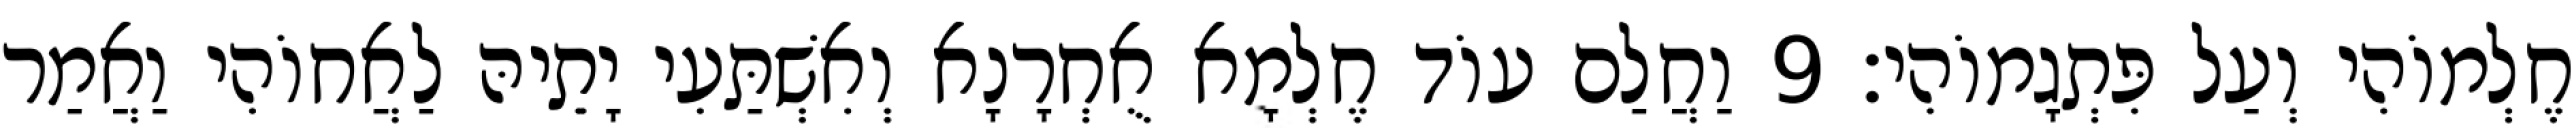
חֶלְמוֹהִי וְעַל פִּתְגָמוֹהִי׃ 9 וַחֲלַם עוֹד חֶלְמָא אֻחְרָנָא וְאִשְׁתַּעִי יָתֵיהּ לַאֲחוֹהִי וַאֲמַר